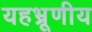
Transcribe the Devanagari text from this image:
यहभ्रूणीय